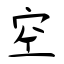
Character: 空